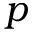
p